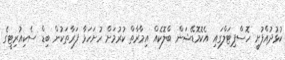
ކުޅުދުއްފުށީ ހޮސްޕިޓަލްގައި އެކޮމޮޑޭޝަން ބްލޮކެއް އިމާރާތް ކުރުމަށް ހުށަހަޅާ ފަރާތަކުން ބިޑް ސެކިއުރިޓީގެ